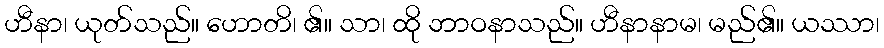
ဟီနာ၊ ယုတ်သည်။ ဟောတိ၊ ၏။ သာ၊ ထို ဘာဝနာသည်။ ဟီနာနာမ၊ မည်၏။ ယဿာ၊